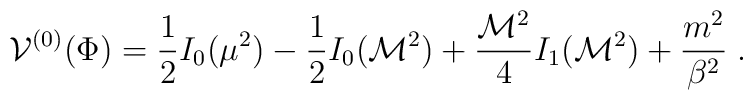
{\cal V}^{(0)}(\Phi)={\frac {1}{2}} I_0(\mu^2)  -{\frac {1}{2}}I_0({\cal     M}^2) +{\frac {{\cal M}^2}{4}}I_1({\cal M}^2)+ {\frac {m^2}{\beta^2}} \;.